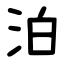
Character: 泊